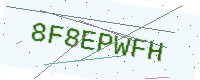
Text: 8F8EPWFH